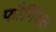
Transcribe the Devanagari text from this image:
फौर्निवल